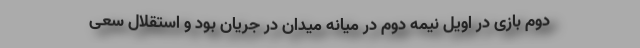
دوم بازی در اویل نیمه دوم در میانه میدان در جریان بود و استقلال سعی